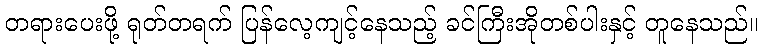
တရားပေးဖို့ ရုတ်တရက် ပြန်လေ့ကျင့်နေသည့် ခင်ကြီးအိုတစ်ပါးနှင့် တူနေသည်။